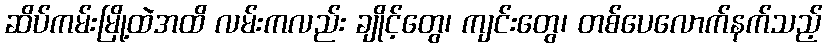
ဆိပ်ကမ်းမြို့ထဲအထိ လမ်းကလည်း ချိုင့်တွေ၊ ကျင်းတွေ၊ တစ်ပေလောက်နက်သည့်